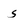
Character: s